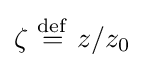
\zeta \ {\stackrel {\mathrm {def} }{=}}\ z/z_{0}